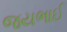
જયભાઈ